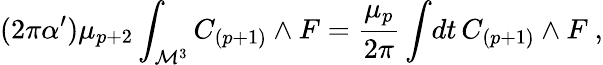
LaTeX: (2\pi\alpha^{\prime})\mu_{p+2}\int_{{\cal M}^{3}}C_{(p+1)}\wedge F={\frac{\mu_{p}}{2\pi}}\int\! dt\, C_{(p+1)}\wedge F\ ,